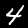
Digit: 4